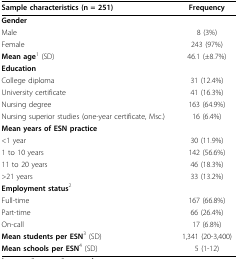
<table><thead><tr><td><b>Sample characteristics (n = 251)</b></td><td><b>Frequency</b></td></tr></thead><tbody><tr><td><b>Gender</b></td><td></td></tr><tr><td>Male</td><td>8 (3%)</td></tr><tr><td>Female</td><td>243 (97%)</td></tr><tr><td><b>Mean age</b><sup>1 </sup>(SD)</td><td>46.1 (±8.7%)</td></tr><tr><td><b>Education</b></td><td></td></tr><tr><td>College diploma</td><td>31 (12.4%)</td></tr><tr><td>University certificate</td><td>41 (16.3%)</td></tr><tr><td>Nursing degree</td><td>163 (64.9%)</td></tr><tr><td>Nursing superior studies (one-year certificate, Msc.)</td><td>16 (6.4%)</td></tr><tr><td><b>Mean years of ESN practice</b></td><td></td></tr><tr><td>&lt;1 year</td><td>30 (11.9%)</td></tr><tr><td>1 to 10 years</td><td>142 (56.6%)</td></tr><tr><td>11 to 20 years</td><td>46 (18.3%)</td></tr><tr><td>&gt;21 years</td><td>33 (13.2%)</td></tr><tr><td><b>Employment status</b><sup>2</sup></td><td></td></tr><tr><td>Full-time</td><td>167 (66.8%)</td></tr><tr><td>Part-time</td><td>66 (26.4%)</td></tr><tr><td>On-call</td><td>17 (6.8%)</td></tr><tr><td><b>Mean students per ESN</b><sup>3 </sup>(SD)</td><td>1,341 (20-3,400)</td></tr><tr><td><b>Mean schools per ESN</b><sup>4 </sup>(SD)</td><td>5 (1-12)</td></tr></tbody></table>